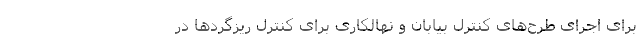
برای اجرای طرح‌های کنترل بیابان و نهالکاری برای کنترل ریزگردها در